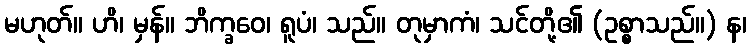
မဟုတ်။ ဟိ၊ မှန်။ ဘိက္ခဝေ၊ ရူပံ၊ သည်။ တုမှာကံ၊ သင်တို့၏ (ဥစ္စာသည်။) န၊